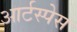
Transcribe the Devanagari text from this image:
आर्टस्पेस